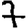
Digit: 7